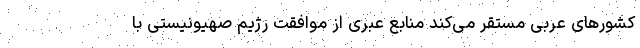
کشورهای عربی مستقر می‌کند منابع عبری از موافقت رژیم صهیونیستی با